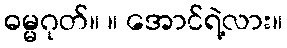
ဓမ္မဂုတ်။ ။ အောင်ရဲ့လား။